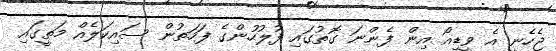
ޖެހެނީ އެ ވީޑިއޯ އިން ފެންނަ ގޮތުގައި ފުލުހުންގެ ފަހަތުން ސައިކަލެއް މަތީގައި